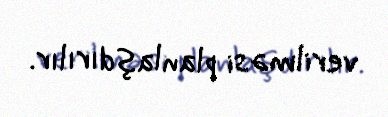
verilməsi planlaşdırılır.